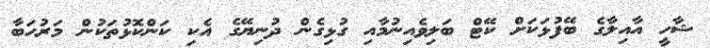
ޝާހީ އާއިލާގެ ބޭފުޅަކަށް ކޭޓް ބަލިވެއިނުމާއި ގުޅިގެން ދުނިޔޭގެ އެކި ކަންކޮޅުތަކުން މަރުހަބާ